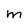
Character: m